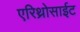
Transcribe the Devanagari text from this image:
एरिथ्रोसाईट